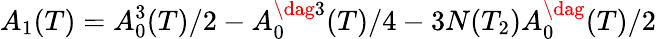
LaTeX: A_{1}(T)=A_{0}^{3}(T)/2-A_{0}^{\dag 3}(T)/4-3N(T_{2})A_{0}^{\dag}(T)/2